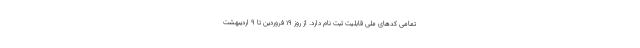
تمامی کدهای ملی قابلیت ثبت نام دارد. از روز ۱۹ فروردین تا ۹ اردیبهشت